Lunatic asylums Bombay report 1878-1890 - 1878-1890
Year: 1878
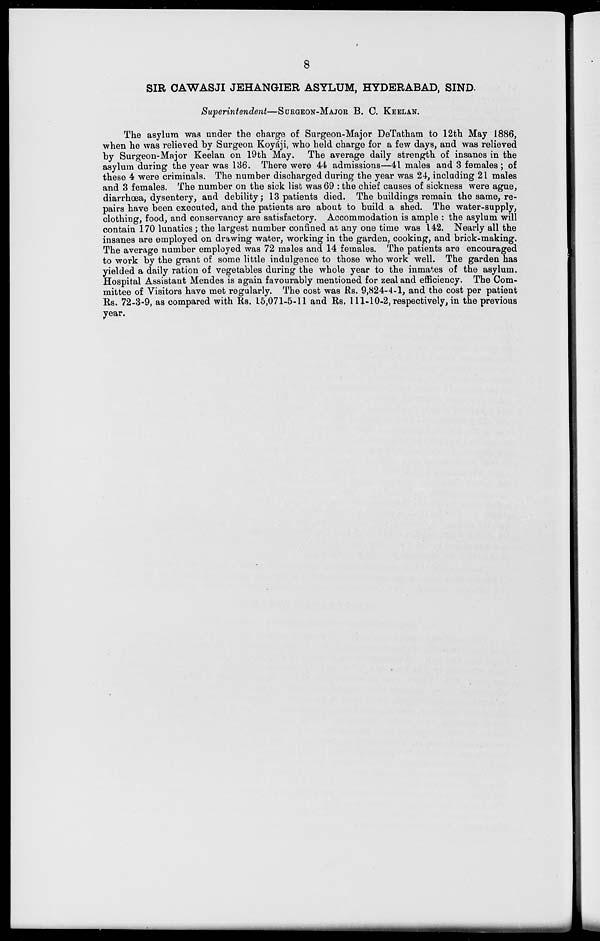
8
SIR CAWASJI JEHANGIER ASYLUM, HYDERABAD, SIND.
Superintendent—SURGEON-MAJOR B. C. KEELAN.
The asylum was under the charge of Surgeon-Major DeTatham to 12th May 1886,
when he was relieved by Surgeon Koyáji, who held charge for a few days, and was relieved
by Surgeon-Major Keelan on 19th May. The average daily strength of insanes in the
asylum during the year was 136. There were 44 admissions—41 males and 3 females ; of
these 4 were criminals. The number discharged during the year was 24, including 21 males
and 3 females. The number on the sick list was 69 : the chief causes of sickness were ague,
diarrhoea, dysentery, and debility; 13 patients died. The buildings remain the same, re-
pairs have been executed, and the patients are about to build a shed. The water-supply,
clothing, food, and conservancy are satisfactory. Accommodation is ample : the asylum will
contain 170 lunatics; the largest number confined at any one time was 142. Nearly all the
insanes are employed on drawing water, working in the garden, cooking, and brick-making.
The average number employed was 72 males and 14 females. The patients are encouraged
to work by the grant of some little indulgence to those who work well. The garden has
yielded a daily ration of vegetables during the whole year to the inmates of the asylum.
Hospital Assistant Mendes is again favourably mentioned for zeal and efficiency. The Com-
mittee of Visitors have met regularly. The cost was Rs. 9,824-4-1, and the cost per patient
Rs. 72-3-9, as compared with Rs. 15,071-5-11 and Rs. 111-10-2, respectively, in the previous
year.